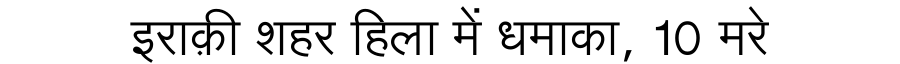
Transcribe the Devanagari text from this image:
इराक़ी शहर हिला में धमाका, 10 मरे